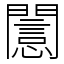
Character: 𨶡